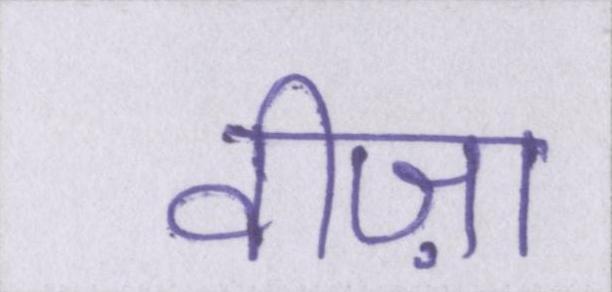
वीज़ा